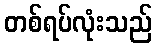
တစ်ရပ်လုံးသည်